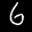
Label: 6